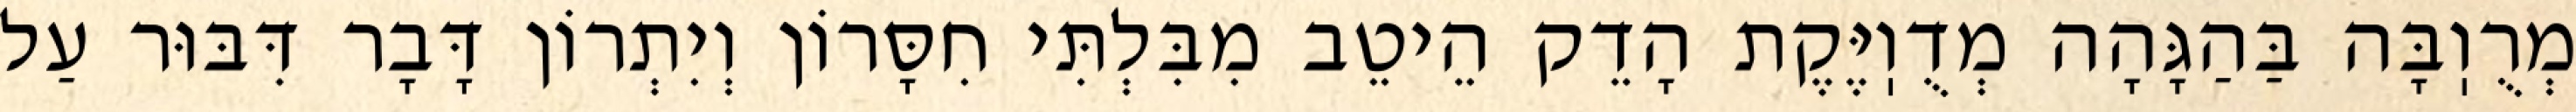
מְרֻוֽבָּה בַּהַגָּהָה מְדֻוֽיֶּקֶת הָדֵק הֵיטֵב מִבִּלְתִּי חִסָּרוֹן וְיִתְרוֹן דָּבָר דִּבּוּר עַל